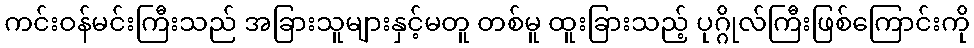
ကင်းဝန်မင်းကြီးသည် အခြားသူများနှင့်မတူ တစ်မူ ထူးခြားသည့် ပုဂ္ဂိုလ်ကြီးဖြစ်ကြောင်းကို